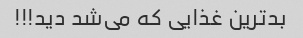
بدترین غذایی که می‌شد دید!!!